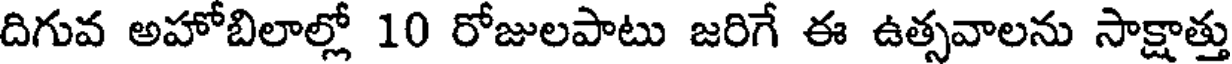
దిగువ అహోబిలాల్లో 10 రోజులపాటు జరిగే ఈ ఉత్సవాలను సాక్షాత్తు